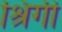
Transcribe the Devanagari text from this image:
श्रिंगी